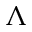
\Lambda